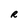
Character: R